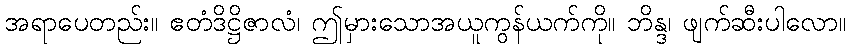
အရာပေတည်း။ ဧတံဒိဋ္ဌိဇာလံ၊ ဤမှားသောအယူကွန်ယက်ကို။ ဘိန္ဒ၊ ဖျက်ဆီးပါလော။